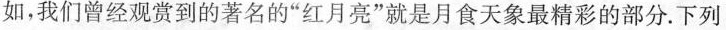
如，我们曾经观赏到的著名的”红月亮”就是月食天象最精彩的部分。下列